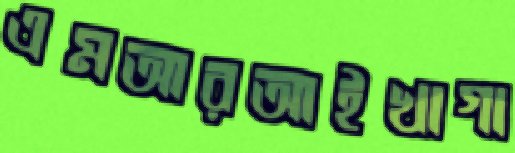
এমআরআইখাগা